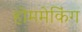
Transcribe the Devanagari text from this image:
होममेकिंग